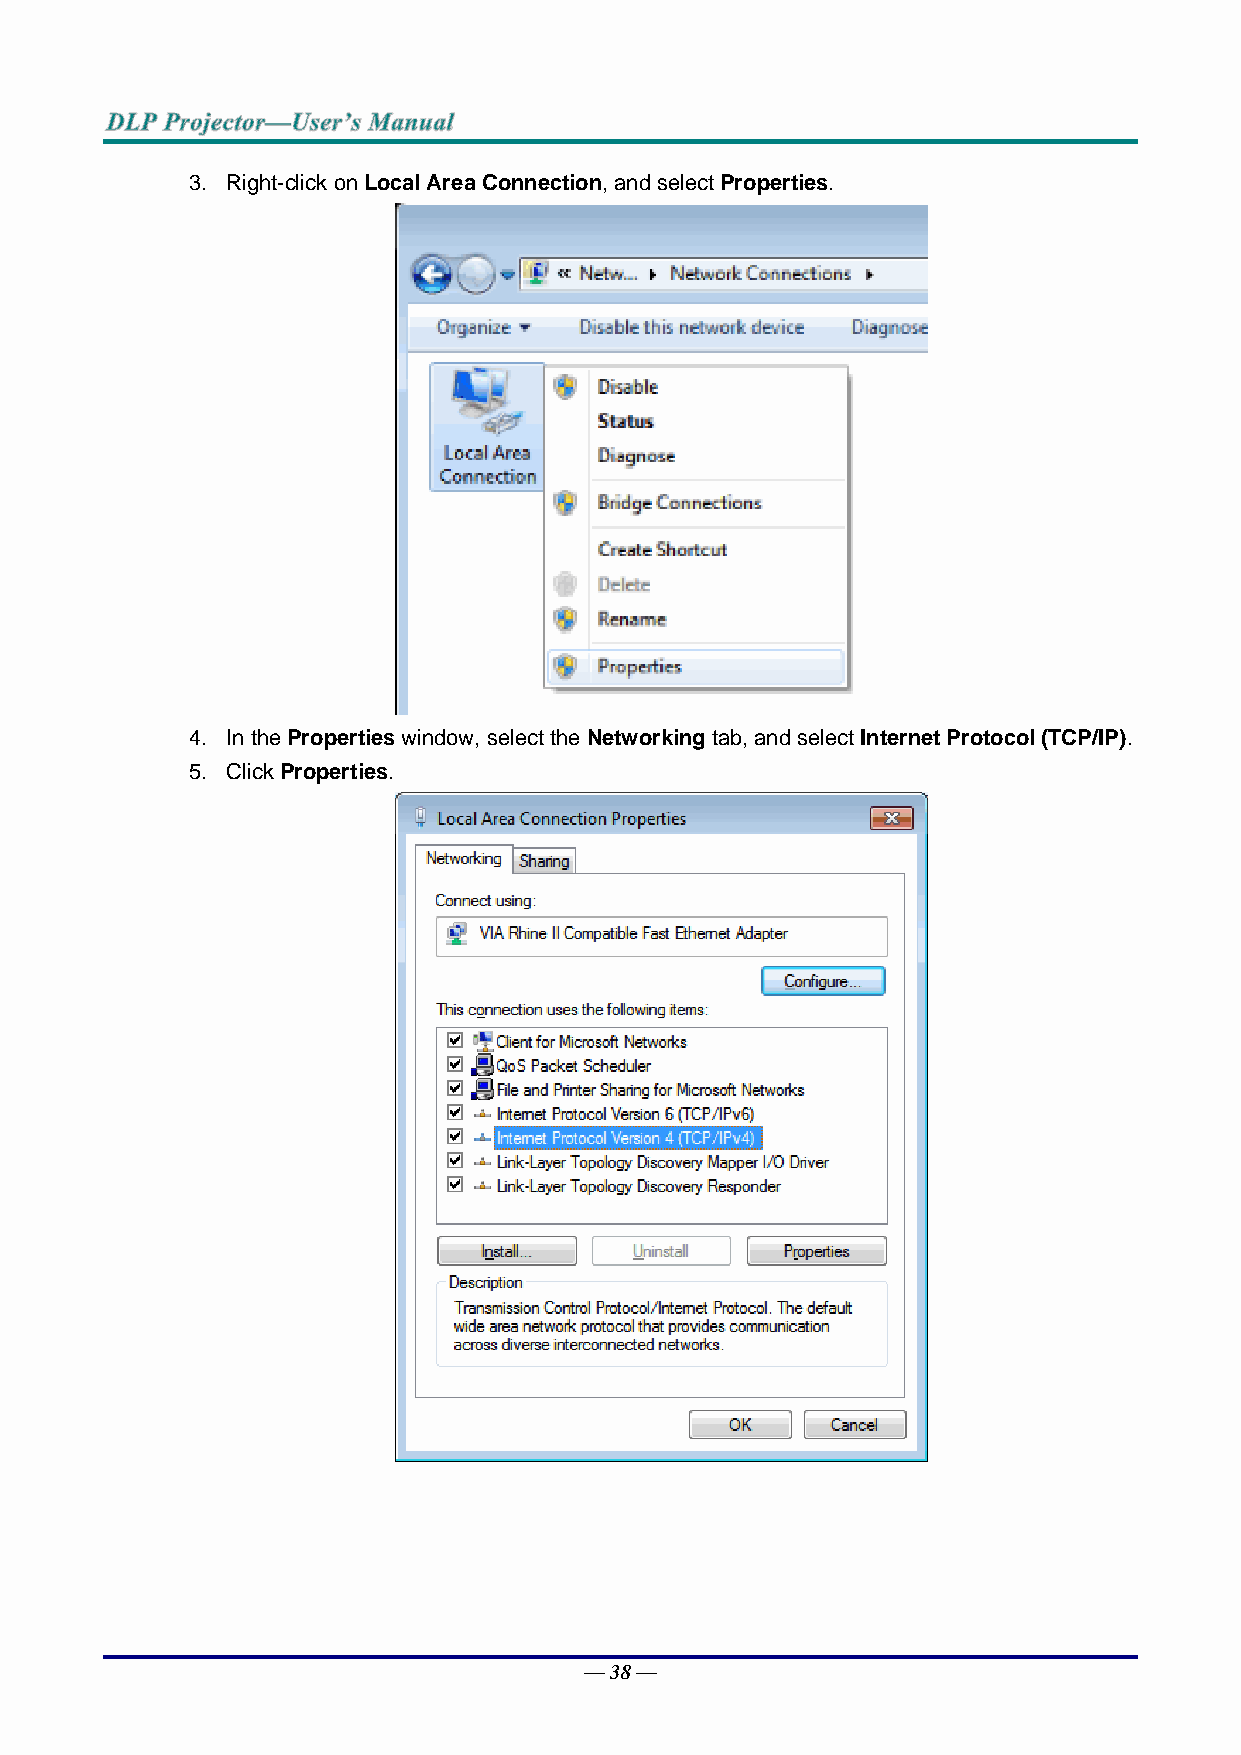
3. Right-click on Local Area Connection, and select Properties.
 4. In the Properties window, select the Networking tab, and select Internet Protocol (TCP/IP).
 5. Click Properties.
 — 38 —